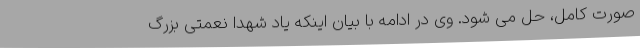
صورت کامل، حل می شود. وی در ادامه با بیان اینکه یاد شهدا نعمتی بزرگ